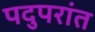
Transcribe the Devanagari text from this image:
पदुपरांत